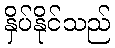
နှိပ်နိုင်သည်